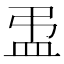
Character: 盄